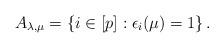
LaTeX: \begin{align*}A_{\lambda,\mu} = \left\{i\in[p] : \epsilon_i(\mu) = 1\right\}.\end{align*}